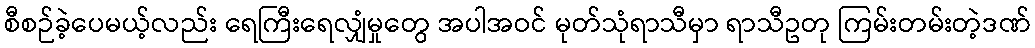
စီစဉ်ခဲ့ပေမယ့်လည်း ရေကြီးရေလျှံမှုတွေ အပါအဝင် မုတ်သုံရာသီမှာ ရာသီဥတု ကြမ်းတမ်းတဲ့ဒဏ်